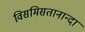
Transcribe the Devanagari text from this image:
विसमिसतानान्दा